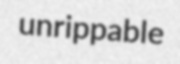
unrippable